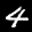
Digit: 4